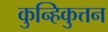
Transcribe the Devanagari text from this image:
कुन्हिकुत्तन